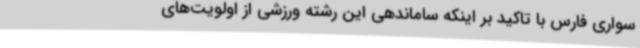
سواری فارس با تاکید بر اینکه ساماندهی این رشته ورزشی از اولویت‌های